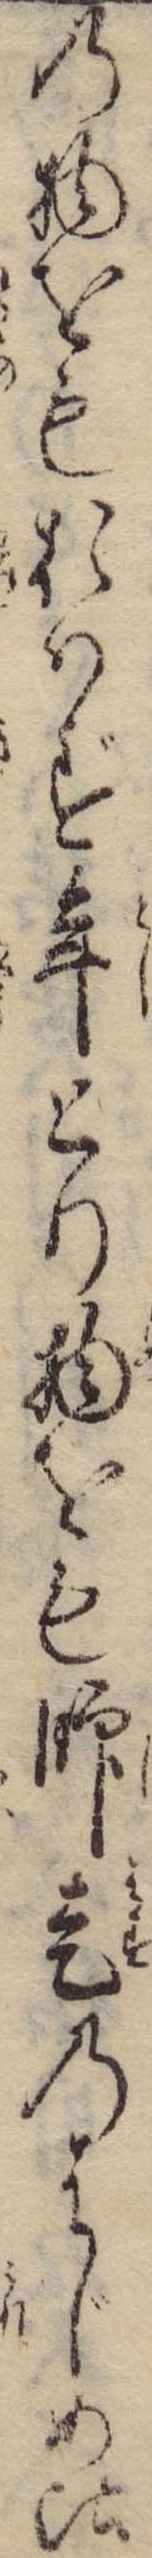
の物をもおはず年とり物をも師走のはじめ比